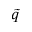
\tilde { q }